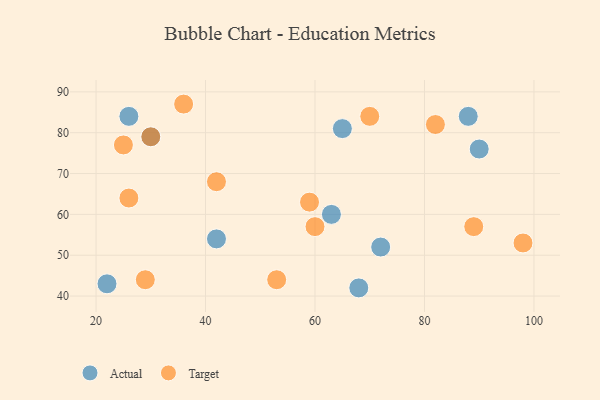
{"axis": {"x": "GDP", "y": "Life Expectancy"}, "legend": ["Actual", "Target"], "data": [{"x": "42", "y": 54, "type": "Actual"}, {"x": "30", "y": 79, "type": "Actual"}, {"x": "68", "y": 42, "type": "Actual"}, {"x": "90", "y": 76, "type": "Actual"}, {"x": "88", "y": 84, "type": "Actual"}, {"x": "65", "y": 81, "type": "Actual"}, {"x": "26", "y": 84, "type": "Actual"}, {"x": "22", "y": 43, "type": "Actual"}, {"x": "63", "y": 60, "type": "Actual"}, {"x": "72", "y": 52, "type": "Actual"}, {"x": "36", "y": 87, "type": "Target"}, {"x": "60", "y": 57, "type": "Target"}, {"x": "82", "y": 82, "type": "Target"}, {"x": "30", "y": 79, "type": "Target"}, {"x": "59", "y": 63, "type": "Target"}, {"x": "29", "y": 44, "type": "Target"}, {"x": "53", "y": 44, "type": "Target"}, {"x": "42", "y": 68, "type": "Target"}, {"x": "89", "y": 57, "type": "Target"}, {"x": "98", "y": 53, "type": "Target"}, {"x": "25", "y": 77, "type": "Target"}, {"x": "26", "y": 64, "type": "Target"}, {"x": "70", "y": 84, "type": "Target"}]}